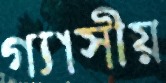
গ্যাসীয়